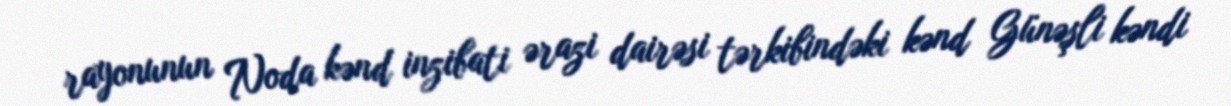
rayonunun Noda kənd inzibati ərazi dairəsi tərkibindəki kənd Günəşli kəndi